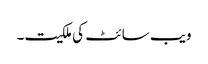
ویب سائٹ کی ملکیت۔